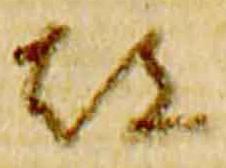
都